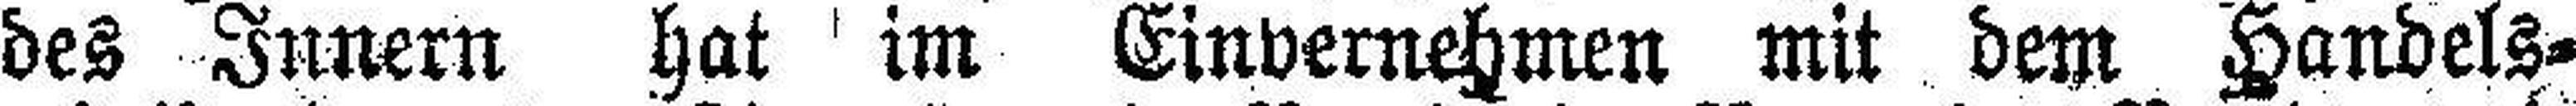
des Innern hat im Einvernehmen mit dem Handels¬